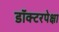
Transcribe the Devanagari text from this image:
डॉक्टरपेक्षा